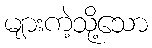
များကဲ့သို့သော